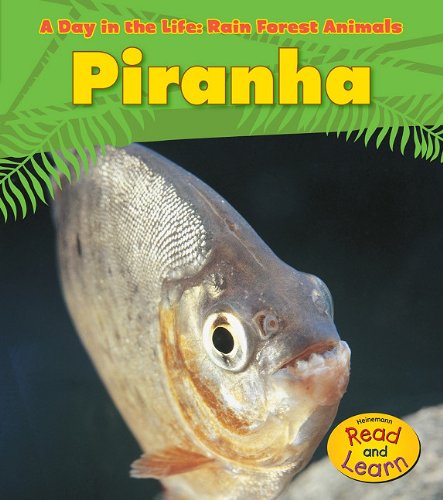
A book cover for Piranha (A Day in the Life: Rain Forest Animals); Anita Ganeri; Science & Math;